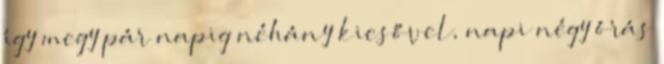
így megy pár napig néhány kiesővel, napi négy órás